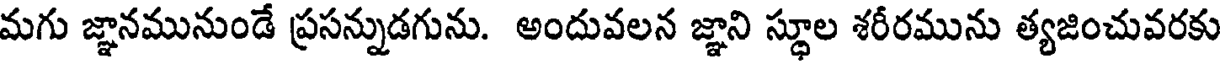
మగు జ్ఞానమునుండే ప్రసన్నుడగును. అందువలన జ్ఞాని స్థూల శరీరమును త్యజించువరకు